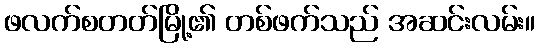
ဖလက်စတတ်မြို့၏ တစ်ဖက်သည် အဆင်းလမ်း။